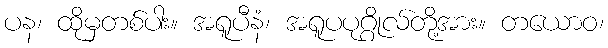
ပန၊ ထိုမှတစ်ပါး။ အရူပီနံ၊ အရူပပုဂ္ဂိုလ်တို့အား။ တယောဝ၊